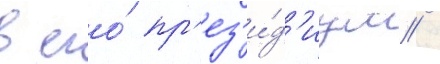
в его́ пр'ез'и́д'иум /